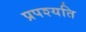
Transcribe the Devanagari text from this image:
प्रपश्यति